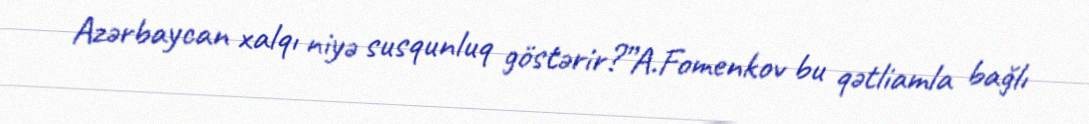
Azərbaycan xalqı niyə susqunluq göstərir?”A.Fomenkov bu qətliamla bağlı